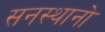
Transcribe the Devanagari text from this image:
सनस्थानो